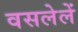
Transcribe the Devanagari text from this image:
वसलेलें